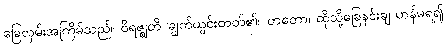
ခြေလှမ်းအကြိမ်သည်။ ဝိရဇ္ဈတိ၊ ချွတ်ယွင်းတတ်၏။ တတော၊ ထိုသို့ခြေနင်းချ ဟန်မရ၍